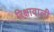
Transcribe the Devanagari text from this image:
रिक्षावाली